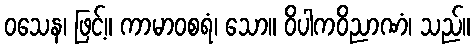
ဝသေန၊ ဖြင့်။ ကာမာဝစရံ၊ သော။ ဝိပါကဝိညာဏံ၊ သည်။